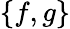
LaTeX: \left\{ f,g\right\}